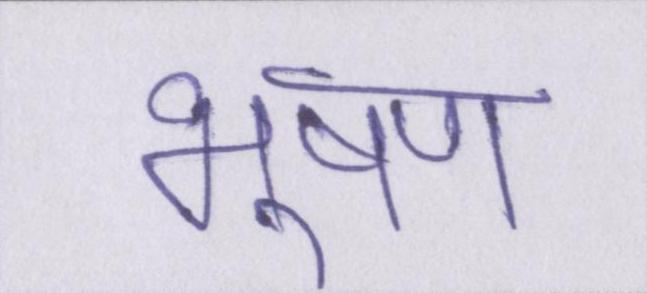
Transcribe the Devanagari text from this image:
भूषण